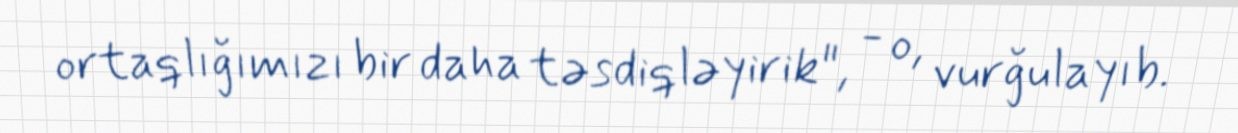
ortaqlığımızı bir daha təsdiqləyirik", - o, vurğulayıb.